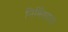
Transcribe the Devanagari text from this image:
निर्विषयत्व